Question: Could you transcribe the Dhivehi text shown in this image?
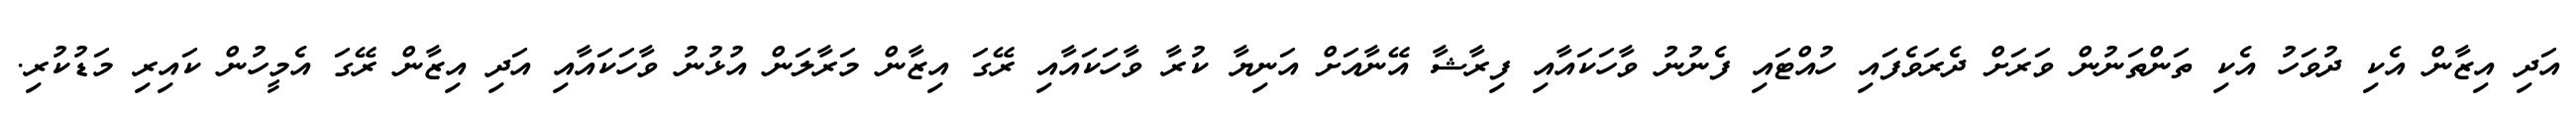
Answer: އަދި އިޒާން އެކި ދުވަހު އެކި ތަންތަނުން ވަރަށް ދެރަވެފައި ހުއްޓައި ފެނުނު ވާހަކައާއި ފިރާޝާ އޭނާއަށް އަނިޔާ ކުރާ ވާހަކައާއި ރޭގަ އިޒާން މަރާލަން އުޅުނު ވާހަކައާއި އަދި އިޒާން ރޭގަ އެމީހުން ކައިރި މަޑުކުރި.